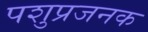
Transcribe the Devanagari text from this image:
पशुप्रजनक